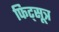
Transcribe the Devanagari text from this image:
फिट्सूत्र